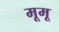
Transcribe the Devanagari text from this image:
मूमू